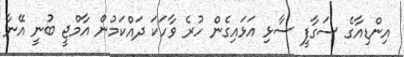
އިންޑިއާގެ ސަގާފީ ސާޅި އަޅައިގެން ހުރެ ވާހަކަ ދައްކަމުން އާމްޖީ ބުނީ އޭނާ